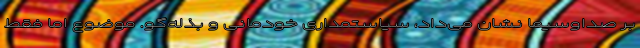
بر صداوسیما نشان می‌داد، سیاستمداری خودمانی و بذله‌گو. موضوع اما فقط